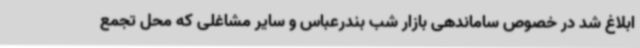
ابلاغ شد در خصوص ساماندهی بازار شب بندرعباس و سایر مشاغلی که محل تجمع